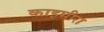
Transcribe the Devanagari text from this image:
काइमीरा